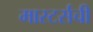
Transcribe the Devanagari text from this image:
मास्टर्सची